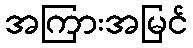
အကြားအမြင်